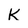
Character: K